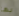
بها